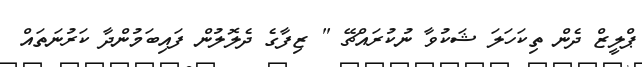
ޕްލީޒް ދެން ތިކަހަލަ ޝަކުވާ ނުކުރައްޗޭ " ޒިފާގެ ދެލޮލުން ފައިބަމުންދާ ކަރުނަތައް